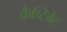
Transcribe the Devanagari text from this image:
कैप्टिवेट